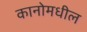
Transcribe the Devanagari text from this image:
कानोमधील